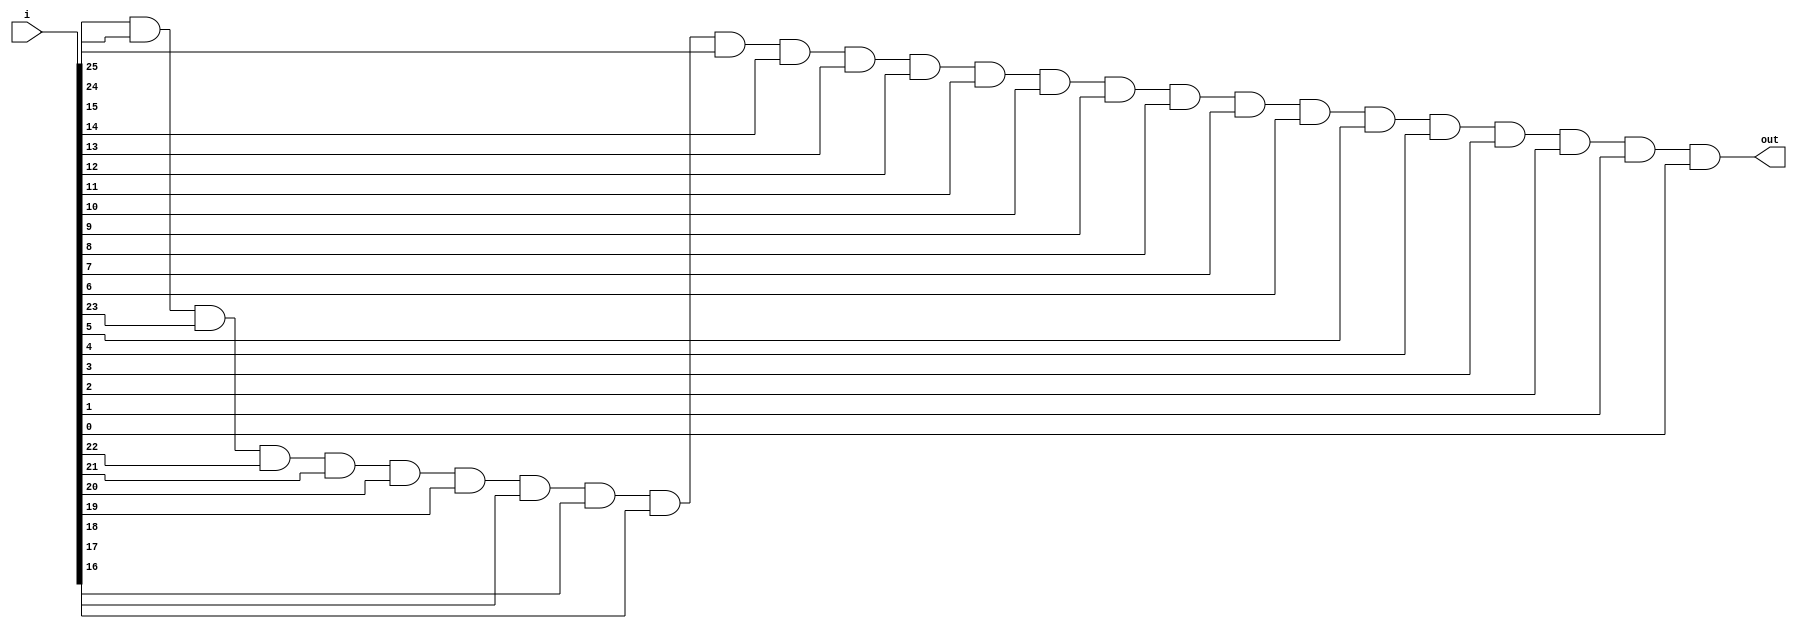
module test
(input [25:0]i,
output out);

and a1(out,i[25],i[24],i[23],i[22],i[21],i[20],i[19],i[18],i[17],i[16],i[15],i[14],i[13],i[12],i[11],i[10],i[9],i[8],i[7],i[6],i[5],i[4],i[3],i[2],i[1],i[0]);

endmodule